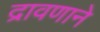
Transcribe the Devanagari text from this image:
द्रावणाने